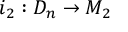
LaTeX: i _ { 2 } : D _ { n } \rightarrow M _ { 2 }